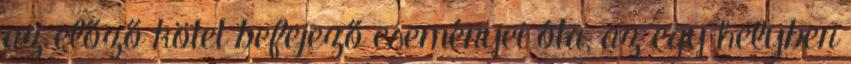
az előző kötet befejező eseményei óta, az egy helyben